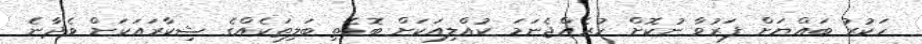
ހަކުރު ބައްޔަށް ފަރުވާ ނުކޮށް ހުރެއްޖެނަމަ ކުއްލިއަކަށް ބޮޑެތި ބަލިތަކެއްގެ ޝިކާރައަކަށް ވެދާނެ